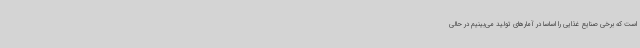
است که برخی صنایع غذایی را اساساً در آمارهای تولید می‌بینیم در حالی